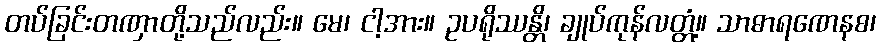
တပ်ခြင်းတဏှာတို့သည်လည်း။ မေ၊ ငါ့အား။ ဥပရိုဿန္တိ၊ ချုပ်ကုန်လတ္တံ့။ သာဓာရဏေနစ၊